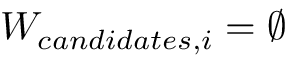
W _ { c a n d i d a t e s , i } = { \emptyset }